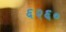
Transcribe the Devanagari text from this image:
६२६०